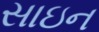
સાઇન